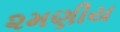
૨મણીય